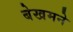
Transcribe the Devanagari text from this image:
बेखमने